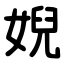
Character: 婗